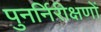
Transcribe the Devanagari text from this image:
पुनर्निरीक्षणों